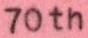
70th